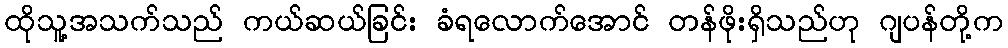
ထိုသူ့အသက်သည် ကယ်ဆယ်ခြင်း ခံရလောက်အောင် တန်ဖိုးရှိသည်ဟု ဂျပန်တို့က